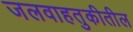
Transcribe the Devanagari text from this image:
जलवाहतुकीतील